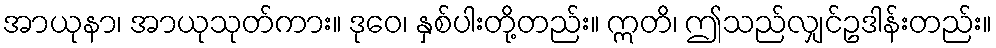
အာယုနာ၊ အာယုသုတ်ကား။ ဒုဝေ၊ နှစ်ပါးတို့တည်း။ ဣတိ၊ ဤသည်လျှင်ဥဒါန်းတည်း။